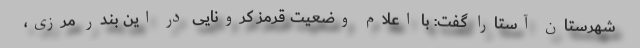
شهرستان آستارا گفت: با اعلام وضعیت قرمز کرونایی در این بندر مرزی،